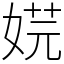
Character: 𡝴